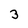
Character: 3